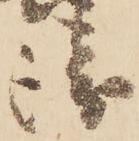
衛